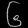
Digit: ၆